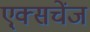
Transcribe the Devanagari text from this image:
ए्क्सचेंज